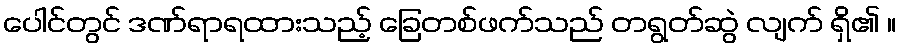
ပေါင်တွင် ဒဏ်ရာရထားသည့် ခြေတစ်ဖက်သည် တရွတ်ဆွဲ လျက် ရှိ၏ ။